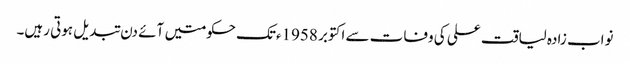
نواب زادہ لیاقت علی کی وفات سے اکتوبر 1958ءتک حکومتیں آئے دن تبدیل ہوتی رہیں۔